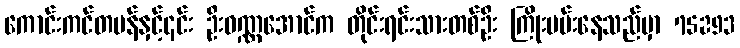
ကောင်းကင်တမန်နှင့်၎င်း ဦးဝဏ္ဏအောင်က တိုင်းရင်းသားတစ်ဦး ကြိုးပမ်းနေသည်မှာ 75293